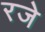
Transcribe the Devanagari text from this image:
रजे